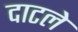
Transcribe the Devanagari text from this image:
दाटले